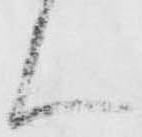
ん